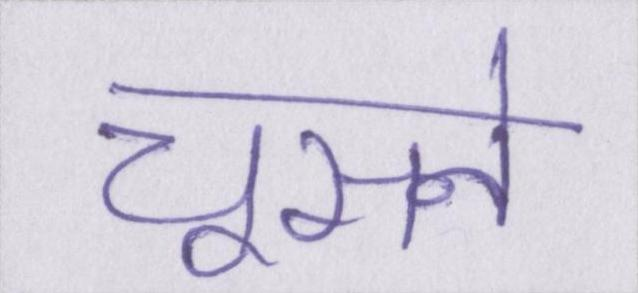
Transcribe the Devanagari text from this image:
चूसने